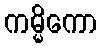
ကမ္မိကော